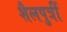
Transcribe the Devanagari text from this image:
शैलपुत्रीं